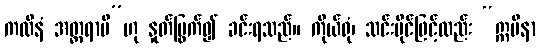
ကထိနံ အတ္ထရာမိ”ဟု နှုတ်မြွက်၍ ခင်းရသည်။ ကိုယ်ရုံ၊ သင်းပိုင်ဖြင့်လည်း “ဣမိနာ